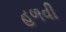
હળવી